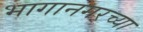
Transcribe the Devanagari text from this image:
भागानगरच्या